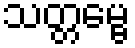
သတ္တမ္ဗေ